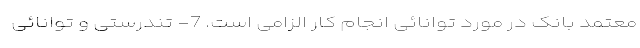
معتمد بانک در مورد توانائی انجام کار الزامی است. 7- تندرستی و توانائی